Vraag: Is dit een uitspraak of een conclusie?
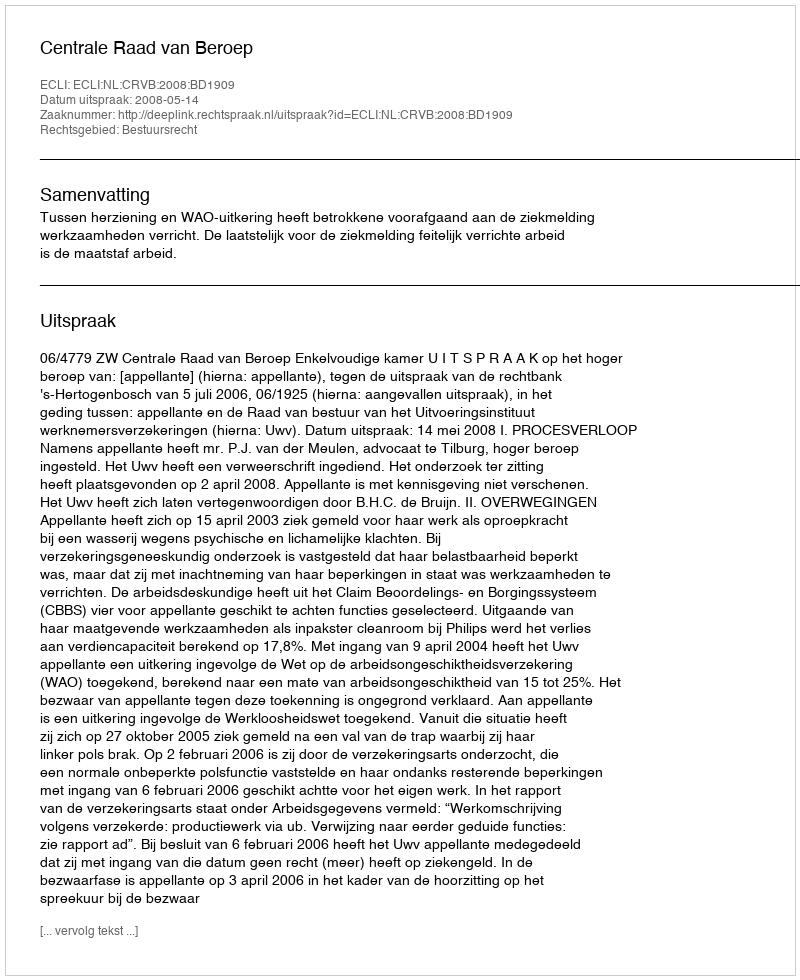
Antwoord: Uitspraak